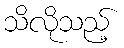
သိလိုသည့်